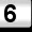
Digit: 6